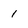
Character: 1